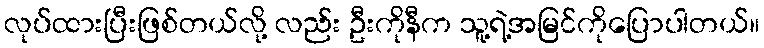
လုပ်ထားပြီးဖြစ်တယ်လို့ လည်း ဦးကိုနီက သူ့ရဲ့အမြင်ကိုပြောပါတယ်။